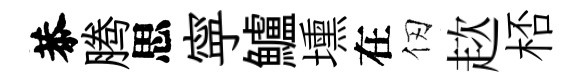
恭腾思寜鱸壎在仞趑桮